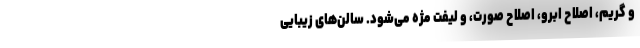
و گریم، اصلاح ابرو، اصلاح صورت، و لیفت مژه می‌شود. سالن‌های زیبایی